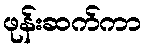
ဖုန်းဆက်ကာ